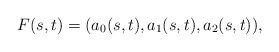
LaTeX: \begin{align*}F(s,t) = (a_0(s,t),a_1(s,t), a_2(s,t)),\end{align*}